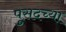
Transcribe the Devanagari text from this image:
पुसदच्या